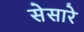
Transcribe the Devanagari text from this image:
सेसारे